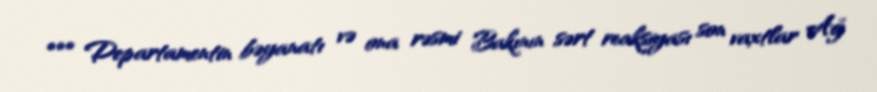
*** Departamentin bəyanatı və ona rəsmi Bakının sərt reaksiyası son vaxtlar Ağ